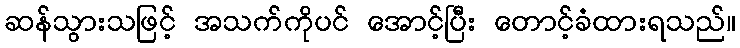
ဆန်သွားသဖြင့် အသက်ကိုပင် အောင့်ပြီး တောင့်ခံထားရသည်။